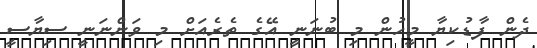
ދެން ފާޑުކިޔާ މީހުން މި ބުނަނީ އޭގެ ތެރެއަށް މި ވަންނަނީ ސިޔާސީ